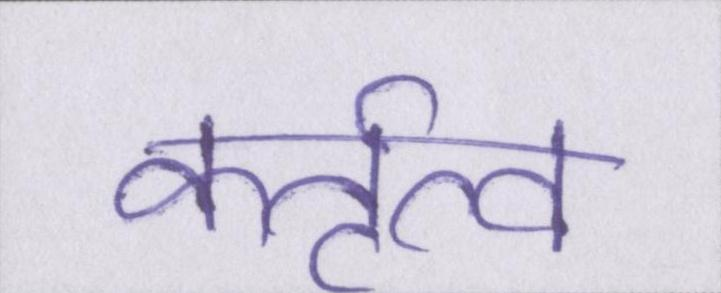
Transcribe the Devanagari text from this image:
कर्तृत्व